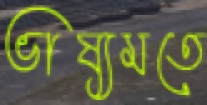
ভাষ্যমতে